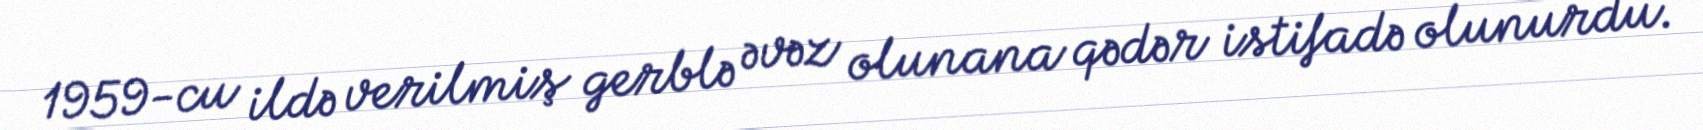
1959-cu ildə verilmiş gerblə əvəz olunana qədər istifadə olunurdu.